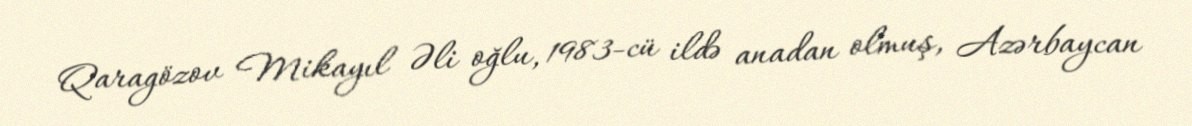
Qaragözov Mikayıl Əli oğlu, 1983-cü ildə anadan olmuş, Azərbaycan